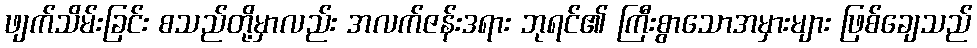
ဖျက်သိမ်းခြင်း စသည်တို့မှာလည်း အလက်ဇန်းဒရား ဘုရင်၏ ကြီးစွာသောအမှားများ ဖြစ်ချေသည်